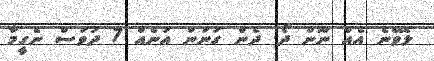
ލެވޭނެ އެއް ނޫން ދޯ. ދެން ގުނަން އަނެއް 7 ދުވަސް ނެގީމާ